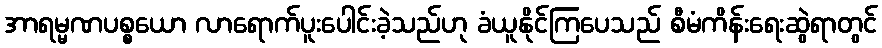
အာရမ္မဏပစ္စယော လာရောက်ပူးပေါင်းခဲ့သည်ဟု ခံယူနိုင်ကြပေသည် စီမံကိန်းရေးဆွဲရာတွင်